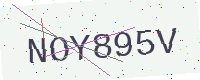
Text: NOY895V